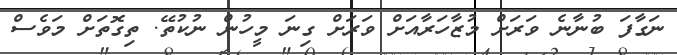
ނަގާފަ ބުނާނެ ވަރަށް މުޒާހަރާއަށް ވަރަށް ގިނަ މީހުން ނުކުތޭ. ތިގޮތަށް މަވެސް